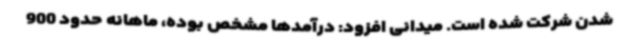
شدن شرکت شده است. میدانی افزود: درآمدها مشخص بوده، ماهانه حدود 900